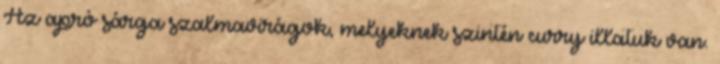
Az apró sárga szalmavirágok, melyeknek szintén curry illatuk van.